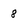
Character: 8